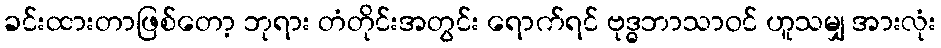
ခင်းထားတာဖြစ်တော့ ဘုရား တံတိုင်းအတွင်း ရောက်ရင် ဗုဒ္ဓဘာသာဝင် ဟူသမျှ အားလုံး